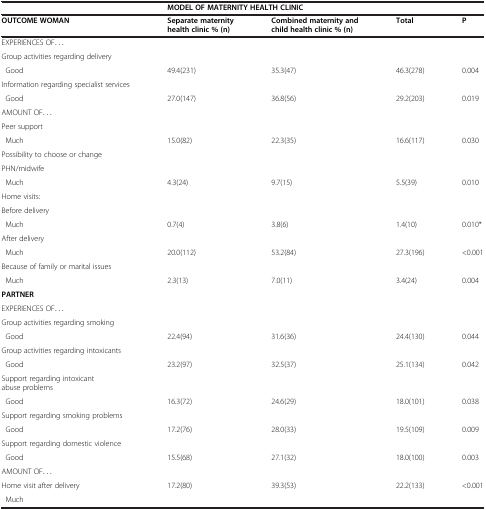
<table><thead><tr><td>[EMPTY_CELL]</td><td colspan="4"><b>MODEL OF MATERNITY HEALTH CLINIC</b></td></tr><tr><td><b>OUTCOME WOMAN</b></td><td><b>Separate maternity health clinic % (n)</b></td><td><b>Combined maternity and child health clinic % (n)</b></td><td><b>Total</b></td><td><b>P</b></td></tr></thead><tbody><tr><td>EXPERIENCES OF...</td><td>[EMPTY_CELL]</td><td>[EMPTY_CELL]</td><td>[EMPTY_CELL]</td><td>[EMPTY_CELL]</td></tr><tr><td>Group activities regarding delivery</td><td>[EMPTY_CELL]</td><td>[EMPTY_CELL]</td><td>[EMPTY_CELL]</td><td>[EMPTY_CELL]</td></tr><tr><td> Good</td><td>49.4(231)</td><td>35.3(47)</td><td>46.3(278)</td><td>0.004</td></tr><tr><td>Information regarding specialist services</td><td>[EMPTY_CELL]</td><td>[EMPTY_CELL]</td><td>[EMPTY_CELL]</td><td>[EMPTY_CELL]</td></tr><tr><td> Good</td><td>27.0(147)</td><td>36.8(56)</td><td>29.2(203)</td><td>0.019</td></tr><tr><td>AMOUNT OF...</td><td>[EMPTY_CELL]</td><td>[EMPTY_CELL]</td><td>[EMPTY_CELL]</td><td>[EMPTY_CELL]</td></tr><tr><td>Peer support</td><td>[EMPTY_CELL]</td><td>[EMPTY_CELL]</td><td>[EMPTY_CELL]</td><td>[EMPTY_CELL]</td></tr><tr><td> Much</td><td>15.0(82)</td><td>22.3(35)</td><td>16.6(117)</td><td>0.030</td></tr><tr><td>Possibility to choose or change</td><td>[EMPTY_CELL]</td><td>[EMPTY_CELL]</td><td>[EMPTY_CELL]</td><td>[EMPTY_CELL]</td></tr><tr><td>PHN/midwife</td><td>[EMPTY_CELL]</td><td>[EMPTY_CELL]</td><td>[EMPTY_CELL]</td><td>[EMPTY_CELL]</td></tr><tr><td> Much</td><td>4.3(24)</td><td>9.7(15)</td><td>5.5(39)</td><td>0.010</td></tr><tr><td>Home visits:</td><td>[EMPTY_CELL]</td><td>[EMPTY_CELL]</td><td>[EMPTY_CELL]</td><td>[EMPTY_CELL]</td></tr><tr><td>Before delivery</td><td>[EMPTY_CELL]</td><td>[EMPTY_CELL]</td><td>[EMPTY_CELL]</td><td>[EMPTY_CELL]</td></tr><tr><td> Much</td><td>0.7(4)</td><td>3.8(6)</td><td>1.4(10)</td><td>0.010*</td></tr><tr><td>After delivery</td><td>[EMPTY_CELL]</td><td>[EMPTY_CELL]</td><td>[EMPTY_CELL]</td><td>[EMPTY_CELL]</td></tr><tr><td> Much</td><td>20.0(112)</td><td>53.2(84)</td><td>27.3(196)</td><td>&lt;0.001</td></tr><tr><td>Because of family or marital issues</td><td>[EMPTY_CELL]</td><td>[EMPTY_CELL]</td><td>[EMPTY_CELL]</td><td>[EMPTY_CELL]</td></tr><tr><td> Much</td><td>2.3(13)</td><td>7.0(11)</td><td>3.4(24)</td><td>0.004</td></tr><tr><td><b>PARTNER</b></td><td>[EMPTY_CELL]</td><td>[EMPTY_CELL]</td><td>[EMPTY_CELL]</td><td>[EMPTY_CELL]</td></tr><tr><td>EXPERIENCES OF...</td><td>[EMPTY_CELL]</td><td>[EMPTY_CELL]</td><td>[EMPTY_CELL]</td><td>[EMPTY_CELL]</td></tr><tr><td>Group activities regarding smoking</td><td>[EMPTY_CELL]</td><td>[EMPTY_CELL]</td><td>[EMPTY_CELL]</td><td>[EMPTY_CELL]</td></tr><tr><td> Good</td><td>22.4(94)</td><td>31.6(36)</td><td>24.4(130)</td><td>0.044</td></tr><tr><td>Group activities regarding intoxicants</td><td>[EMPTY_CELL]</td><td>[EMPTY_CELL]</td><td>[EMPTY_CELL]</td><td>[EMPTY_CELL]</td></tr><tr><td> Good</td><td>23.2(97)</td><td>32.5(37)</td><td>25.1(134)</td><td>0.042</td></tr><tr><td>Support regarding intoxicant abuse problems</td><td>[EMPTY_CELL]</td><td>[EMPTY_CELL]</td><td>[EMPTY_CELL]</td><td>[EMPTY_CELL]</td></tr><tr><td> Good</td><td>16.3(72)</td><td>24.6(29)</td><td>18.0(101)</td><td>0.038</td></tr><tr><td>Support regarding smoking problems</td><td>[EMPTY_CELL]</td><td>[EMPTY_CELL]</td><td>[EMPTY_CELL]</td><td>[EMPTY_CELL]</td></tr><tr><td> Good</td><td>17.2(76)</td><td>28.0(33)</td><td>19.5(109)</td><td>0.009</td></tr><tr><td>Support regarding domestic violence</td><td>[EMPTY_CELL]</td><td>[EMPTY_CELL]</td><td>[EMPTY_CELL]</td><td>[EMPTY_CELL]</td></tr><tr><td> Good</td><td>15.5(68)</td><td>27.1(32)</td><td>18.0(100)</td><td>0.003</td></tr><tr><td>AMOUNT OF...</td><td>[EMPTY_CELL]</td><td>[EMPTY_CELL]</td><td>[EMPTY_CELL]</td><td>[EMPTY_CELL]</td></tr><tr><td>Home visit after delivery</td><td>17.2(80)</td><td>39.3(53)</td><td>22.2(133)</td><td>&lt;0.001</td></tr><tr><td> Much</td><td>[EMPTY_CELL]</td><td>[EMPTY_CELL]</td><td>[EMPTY_CELL]</td><td>[EMPTY_CELL]</td></tr></tbody></table>